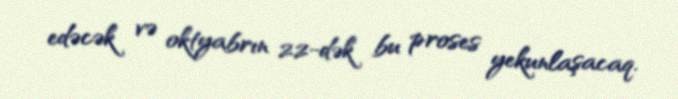
edəcək və oktyabrın 22-dək bu proses yekunlaşacaq.